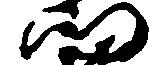
門